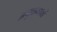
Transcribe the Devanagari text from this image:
अनुबन्धकों